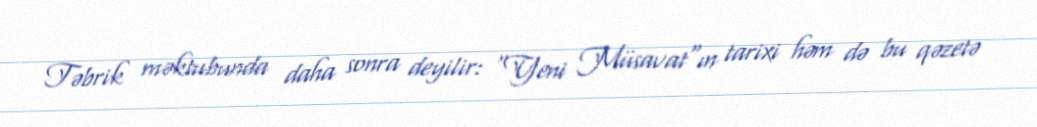
Təbrik məktubunda daha sonra deyilir: "Yeni Müsavat"ın tarixi həm də bu qəzetə